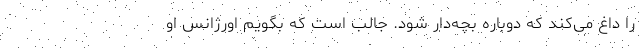
را داغ می‌کند که دوباره بچه‌دار شود. جالب است که بگویم اورژانس او